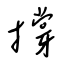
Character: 撐